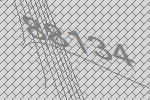
88134